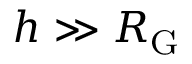
h \gg R _ { \mathrm { G } }